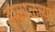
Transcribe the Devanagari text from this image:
झळाळत्या